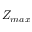
Z _ { m a x }